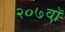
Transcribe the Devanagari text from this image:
२०७वॉ